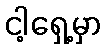
ငါ့ရှေ့မှာ